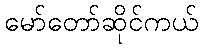
မော်တော်ဆိုင်ကယ်